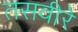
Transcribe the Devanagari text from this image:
तसवीरे